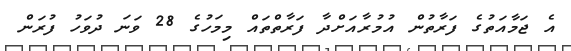
އެ ޖަމާއަތުގެ ފަރާތުން އުމުރާއަށްދާ ފަރާތްތައް މިމަހުގެ 28 ވަނަ ދުވަހު ފުރަން